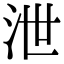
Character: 泄